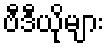
ဗီဒီယိုများ